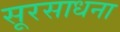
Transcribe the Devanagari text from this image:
सूरसाधना